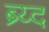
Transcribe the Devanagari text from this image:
ब्र्य्द